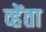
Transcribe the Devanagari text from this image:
व्हेंता